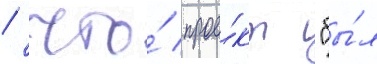
/ что́ прое́кт "бы́л